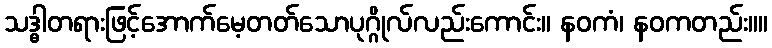
သဒ္ဓါတရားဖြင့်အောက်မေ့တတ်သောပုဂ္ဂိုလ်လည်းကောင်း။ နဝကံ၊ နဝကတည်း။။